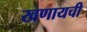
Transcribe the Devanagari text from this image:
खणायची